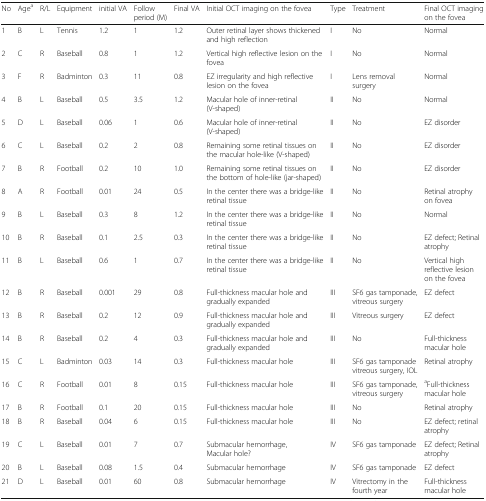
<table><thead><tr><td><b>No</b></td><td><b>Age<sup>a</sup></b></td><td><b>R/L</b></td><td><b>Equipment</b></td><td><b>initial VA</b></td><td><b>Follow period (M)</b></td><td><b>Final VA</b></td><td><b>Initial OCT imaging on the fovea</b></td><td><b>Type</b></td><td><b>Treatment</b></td><td><b>Final OCT imaging on the fovea</b></td></tr></thead><tbody><tr><td>1</td><td>B</td><td>L</td><td>Tennis</td><td>1.2</td><td>1</td><td>1.2</td><td>Outer retinal layer shows thickened and high reflection</td><td>I</td><td>No</td><td>Normal</td></tr><tr><td>2</td><td>C</td><td>R</td><td>Baseball</td><td>0.8</td><td>1</td><td>1.2</td><td>Vertical high reflective lesion on the fovea</td><td>I</td><td>No</td><td>Normal</td></tr><tr><td>3</td><td>F</td><td>R</td><td>Badminton</td><td>0.3</td><td>11</td><td>0.8</td><td>EZ irregularity and high reflective lesion on the fovea</td><td>I</td><td>Lens removal surgery</td><td>Normal</td></tr><tr><td>4</td><td>B</td><td>L</td><td>Baseball</td><td>0.5</td><td>3.5</td><td>1.2</td><td>Macular hole of inner-retinal (V-shaped)</td><td>II</td><td>No</td><td>Normal</td></tr><tr><td>5</td><td>D</td><td>L</td><td>Baseball</td><td>0.06</td><td>1</td><td>0.6</td><td>Macular hole of inner-retinal (V-shaped)</td><td>II</td><td>No</td><td>EZ disorder</td></tr><tr><td>6</td><td>C</td><td>L</td><td>Baseball</td><td>0.2</td><td>2</td><td>0.8</td><td>Remaining some retinal tissues on the macular hole-like (V-shaped)</td><td>II</td><td>No</td><td>EZ disorder</td></tr><tr><td>7</td><td>B</td><td>R</td><td>Football</td><td>0.2</td><td>10</td><td>1.0</td><td>Remaining some retinal tissues on the bottom of hole-like (jar-shaped)</td><td>II</td><td>No</td><td>EZ disorder</td></tr><tr><td>8</td><td>A</td><td>R</td><td>Football</td><td>0.01</td><td>24</td><td>0.5</td><td>In the center there was a bridge-like retinal tissue</td><td>II</td><td>No</td><td>Retinal atrophy on fovea</td></tr><tr><td>9</td><td>B</td><td>L</td><td>Baseball</td><td>0.3</td><td>8</td><td>1.2</td><td>In the center there was a bridge-like retinal tissue</td><td>II</td><td>No</td><td>Normal</td></tr><tr><td>10</td><td>B</td><td>R</td><td>Baseball</td><td>0.1</td><td>2.5</td><td>0.3</td><td>In the center there was a bridge-like retinal tissue</td><td>II</td><td>No</td><td>EZ defect; Retinal atrophy</td></tr><tr><td>11</td><td>B</td><td>L</td><td>Baseball</td><td>0.6</td><td>1</td><td>0.7</td><td>In the center there was a bridge-like retinal tissue</td><td>II</td><td>No</td><td>Vertical high reflective lesion on the fovea</td></tr><tr><td>12</td><td>B</td><td>R</td><td>Baseball</td><td>0.001</td><td>29</td><td>0.8</td><td>Full-thickness macular hole and gradually expanded</td><td>III</td><td>SF6 gas tamponade, vitreous surgery</td><td>EZ defect</td></tr><tr><td>13</td><td>B</td><td>R</td><td>Baseball</td><td>0.2</td><td>12</td><td>0.9</td><td>Full-thickness macular hole and gradually expanded</td><td>III</td><td>Vitreous surgery</td><td>EZ defect</td></tr><tr><td>14</td><td>B</td><td>R</td><td>Baseball</td><td>0.2</td><td>4</td><td>0.3</td><td>Full-thickness macular hole and gradually expanded</td><td>III</td><td>No</td><td>Full-thickness macular hole</td></tr><tr><td>15</td><td>C</td><td>L</td><td>Badminton</td><td>0.03</td><td>14</td><td>0.3</td><td>Full-thickness macular hole</td><td>III</td><td>SF6 gas tamponade vitreous surgery, IOL</td><td>Retinal atrophy</td></tr><tr><td>16</td><td>C</td><td>R</td><td>Football</td><td>0.01</td><td>8</td><td>0.15</td><td>Full-thickness macular hole</td><td>III</td><td>SF6 gas tamponade, vitreous surgery</td><td><sup>a</sup>Full-thickness macular hole</td></tr><tr><td>17</td><td>B</td><td>R</td><td>Football</td><td>0.1</td><td>20</td><td>0.15</td><td>Full-thickness macular hole</td><td>III</td><td>No</td><td>Retinal atrophy</td></tr><tr><td>18</td><td>B</td><td>R</td><td>Baseball</td><td>0.04</td><td>6</td><td>0.15</td><td>Full-thickness macular hole</td><td>III</td><td>No</td><td>EZ defect; retinal atrophy</td></tr><tr><td>19</td><td>C</td><td>L</td><td>Baseball</td><td>0.01</td><td>7</td><td>0.7</td><td>Submacular hemorrhage, Macular hole?</td><td>IV</td><td>SF6 gas tamponade</td><td>EZ defect; Retinal atrophy</td></tr><tr><td>20</td><td>B</td><td>L</td><td>Baseball</td><td>0.08</td><td>1.5</td><td>0.4</td><td>Submacular hemorrhage</td><td>IV</td><td>SF6 gas tamponade</td><td>EZ defect</td></tr><tr><td>21</td><td>D</td><td>L</td><td>Baseball</td><td>0.01</td><td>60</td><td>0.8</td><td>Submacular hemorrhage</td><td>IV</td><td>Vitrectomy in the fourth year</td><td>Full-thickness macular hole</td></tr></tbody></table>